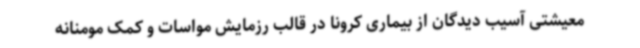
معیشتی آسیب دیدگان از بیماری کرونا در قالب رزمایش مواسات و کمک مومنانه